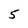
Character: 5